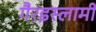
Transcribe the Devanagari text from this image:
गैरइस्लामी